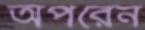
অপরেন